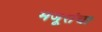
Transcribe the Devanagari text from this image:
मजूरांचा